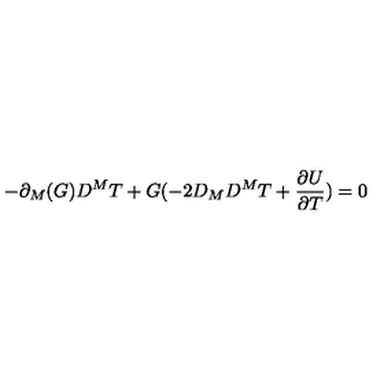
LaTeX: - \partial _ { M } ( G ) D ^ { M } T + G ( - 2 D _ { M } D ^ { M } T + \frac { \partial U } { \partial T } ) = 0